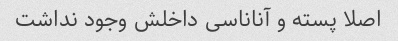
اصلا پسته و آناناسی داخلش وجود نداشت